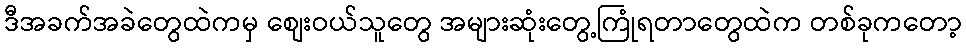
ဒီအခက်အခဲတွေထဲကမှ စျေးဝယ်သူတွေ အများဆုံးတွေ့ကြုံရတာတွေထဲက တစ်ခုကတော့